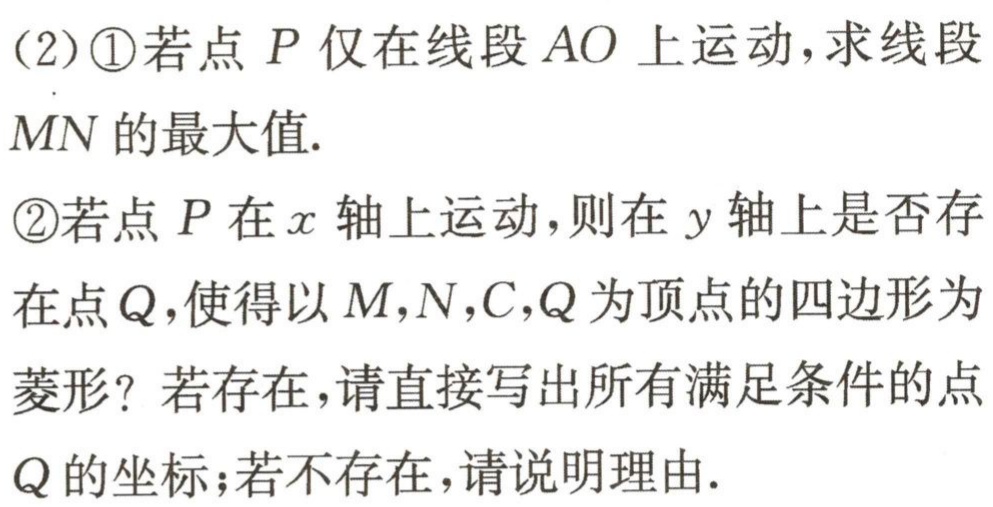
(2)\textcircled{1}若点\(P\)仅在线段\(AO\)上运动，求线段
\(MN\)的最大值.
\textcircled{2}若点\(P\)在\(x\)轴上运动，则在\(y\)轴上是否存
在点\(Q\)，使得以\(M,N,C,Q\)为顶点的四边形为
菱形？若存在，请直接写出所有满足条件的点
\(Q\)的坐标；若不存在，请说明理由.